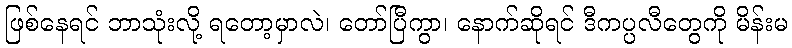
ဖြစ်နေရင် ဘာသုံးလို့ ရတော့မှာလဲ၊ တော်ပြီကွာ၊ နောက်ဆိုရင် ဒီကပ္ပလီတွေကို မိန်းမ